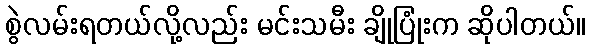
စွဲလမ်းရတယ်လို့လည်း မင်းသမီး ချိုပြုံးက ဆိုပါတယ်။